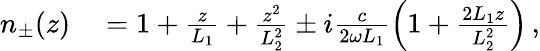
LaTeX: \begin{array}{rl}{n_{\pm}(z)}&{{}=1+\frac{z}{L_{1}}+\frac{z^{2}}{L_{2}^{2}}\pm i\frac{c}{2\omega L_{1}}\left(1+\frac{2L_{1}z}{L_{2}^{2}}\right)\, ,}\end{array}